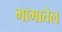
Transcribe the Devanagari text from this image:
भागातेल